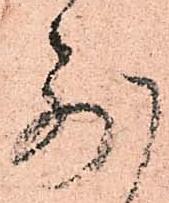
別